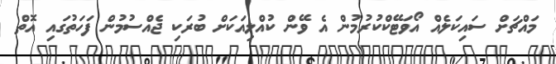
މައްޗަށް ސައިކަލެއް އޯވަޓޭކްކުރުމުން އެ ވޭން ކުއްލިއަކަށް ބުރަކި ޖެއްސުމުން ފަހަތުގައި އޮތް